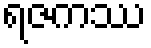
ရဇကဿ